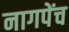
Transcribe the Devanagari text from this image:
नागपेंच